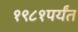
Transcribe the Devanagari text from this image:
१९८१पर्यंत